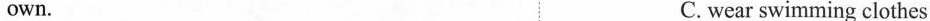
own. C. wear swimming clothes